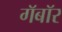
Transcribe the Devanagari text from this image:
गॅबॉर